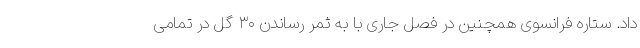
داد. ستاره فرانسوی همچنین در فصل جاری با به ثمر رساندن ۳۰ گل در تمامی